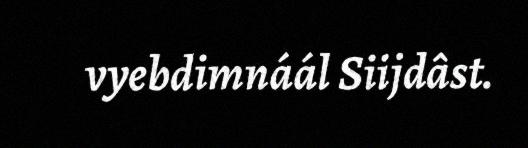
vyebdimnáál Siijdâst.